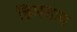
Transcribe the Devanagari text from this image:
हिमलाय